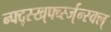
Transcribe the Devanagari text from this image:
न्फ्द्स्ख्र्फ्व्स्ज्न्स्क्ल्